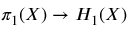
\pi _ { 1 } ( X ) \to H _ { 1 } ( X )